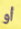
أو